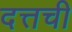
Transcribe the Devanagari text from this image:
दत्तची